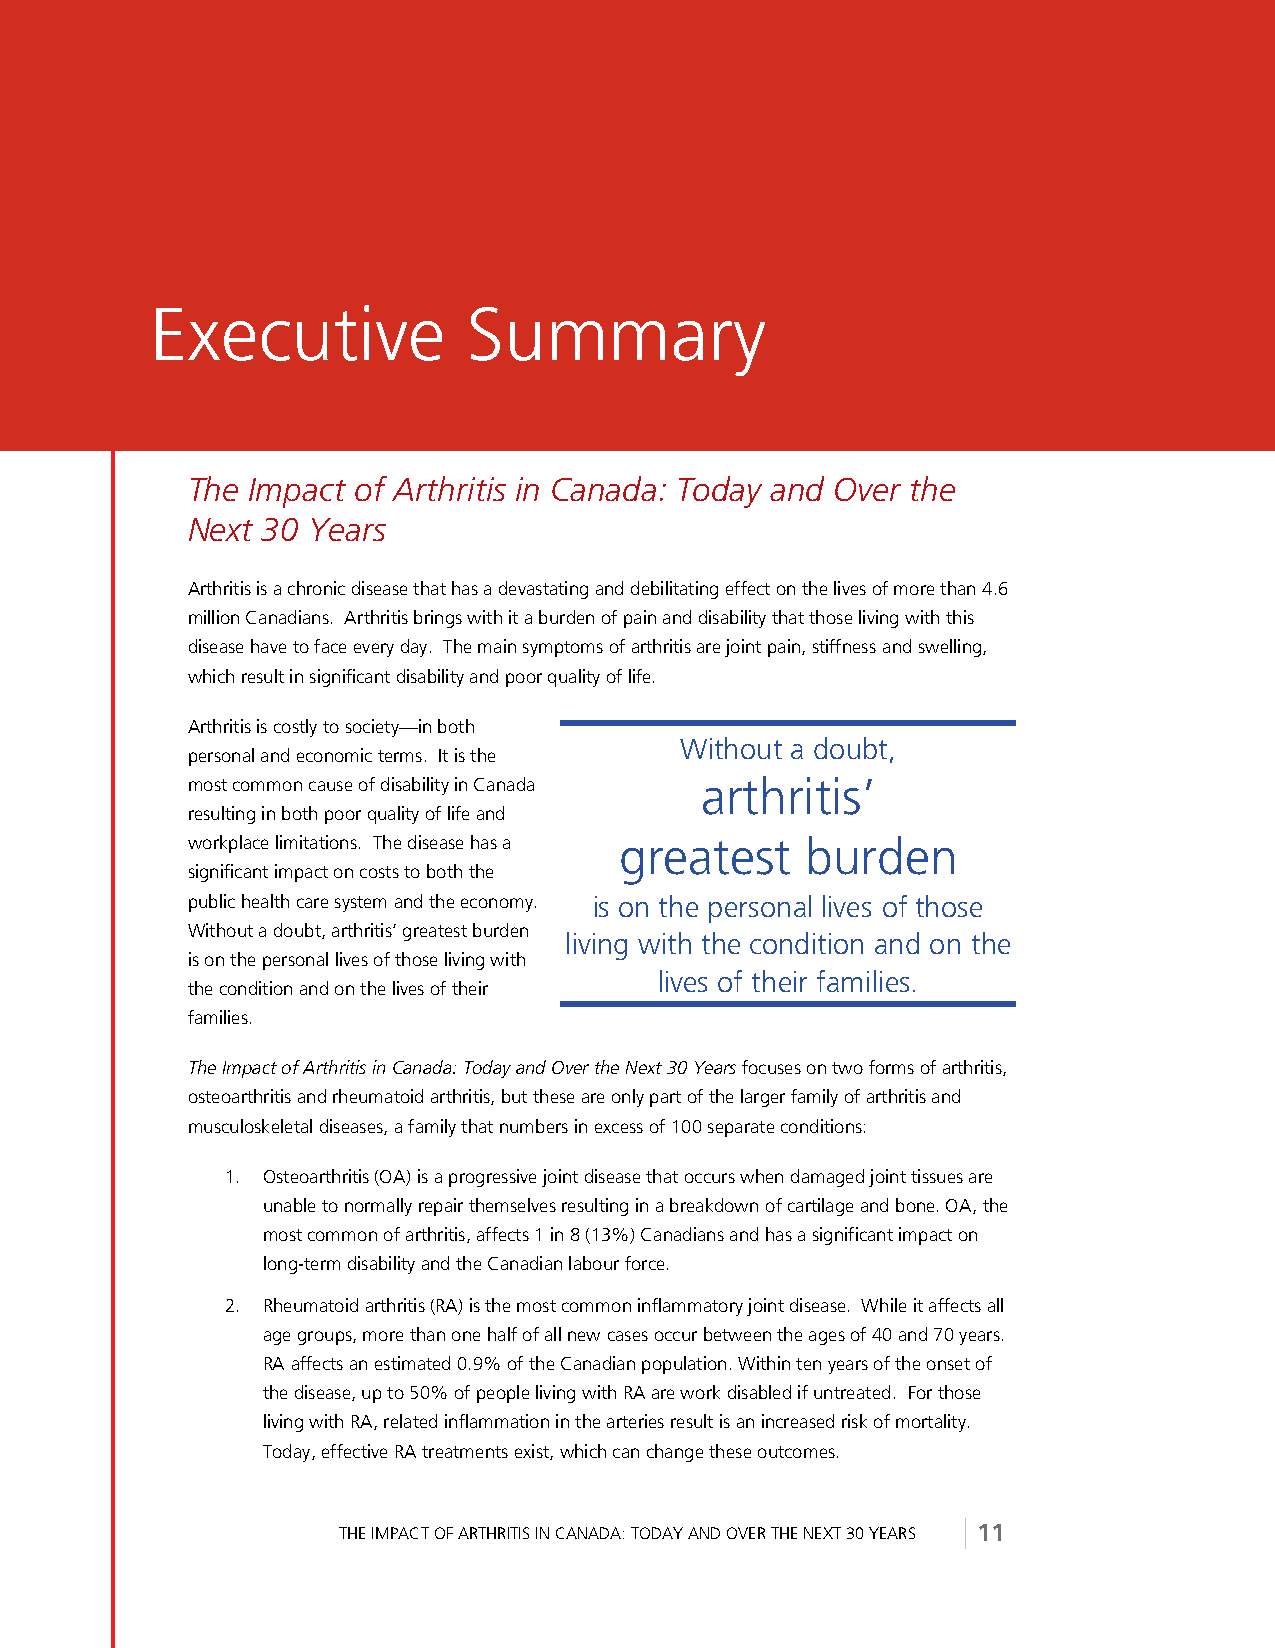
Executive            Summary
 The Impact of Arthritis in Canada: Today and Over the
 Next 30 Years
 Arthritis is a chronic disease that has a devastating and debilitating effect on the lives of more than 4.6
 million Canadians. Arthritis brings with it a burden of pain and disability that those living with this
 disease have to face every day. The main symptoms of arthritis are joint pain, stiffness and swelling,
 which result in significant disability and poor quality of life.
 Arthritis is costly to society—in both
 Without a doubt,
 personal and economic terms. It is the
 most common cause of disability in Canada arthritis’
 resulting in both poor quality of life and
 workplace limitations. The disease has a greatest burden
 significant impact on costs to both the
 public health care system and the economy. is on the personal lives of those
 Without a doubt, arthritis’ greatest burden
 living with the condition and on the
 is on the personal lives of those living with
 lives of their families.
 the condition and on the lives of their
 families.
 The Impact of Arthritis in Canada: Today and Over the Next 30 Years focuses on two forms of arthritis,
 osteoarthritis and rheumatoid arthritis, but these are only part of the larger family of arthritis and
 musculoskeletal diseases, a family that numbers in excess of 100 separate conditions:
 1. Osteoarthritis (OA) is a progressive joint disease that occurs when damaged joint tissues are
 unable to normally repair themselves resulting in a breakdown of cartilage and bone. OA, the
 most common of arthritis, affects 1 in 8 (13%) Canadians and has a significant impact on
 long-term disability and the Canadian labour force.
 2. Rheumatoid arthritis (RA) is the most common inflammatory joint disease. While it affects all
 age groups, more than one half of all new cases occur between the ages of 40 and 70 years.
 RA affects an estimated 0.9% of the Canadian population. Within ten years of the onset of
 the disease, up to 50% of people living with RA are work disabled if untreated. For those
 living with RA, related inflammation in the arteries result is an increased risk of mortality.
 Today, effective RA treatments exist, which can change these outcomes.
 THE IMPACT OF ARTHRITIS IN CANADA: TODAY AND OVER THE NEXT 30 YEARS 11